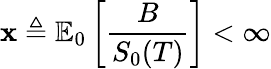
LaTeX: \mathbf{x}\triangleq\mathbb{{E}}_{0}\left[{\frac{{B}}{{S_{0}(T)}}}\right]<\infty